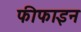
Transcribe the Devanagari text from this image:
फीफाइन